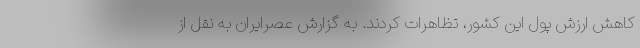
کاهش ارزش پول این کشور، تظاهرات کردند. به گزارش عصرایران به نقل از